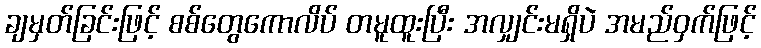
ချမှတ်ခြင်းဖြင့် စစ်တွေကောလိပ် တမူထူးပြီး အလျှင်းမရှိပဲ အမည်ဝှက်ဖြင့်